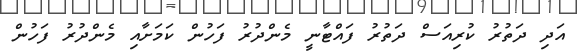
އަދި ދަތުރު ކުރިއަސް ދަތުރު ފައްޓާނީ މެންދުރު ފަހުން ކަމަށާއި މެންދުރު ފަހުން